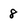
Character: 8